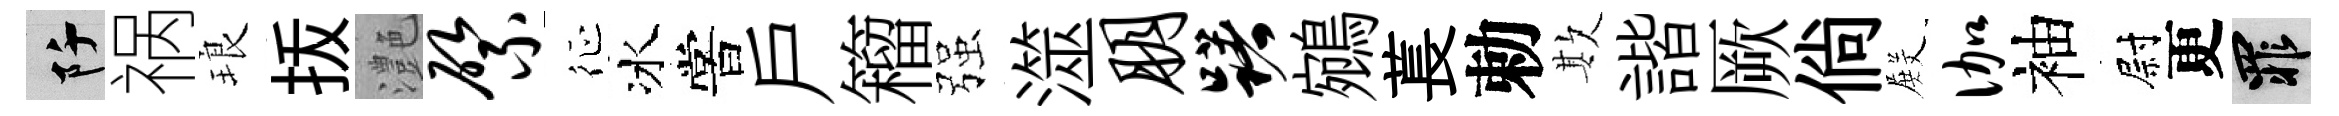
阡祸琅㧞灔綮征冰嘗戶籕强澨朋躇鵷萇勅欺諧厥倘𭮺伽袖尉更罪